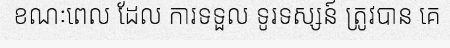
ខណៈពេល ដែល ការទទួល ទូរទស្សន៍ ត្រូវបាន គេ